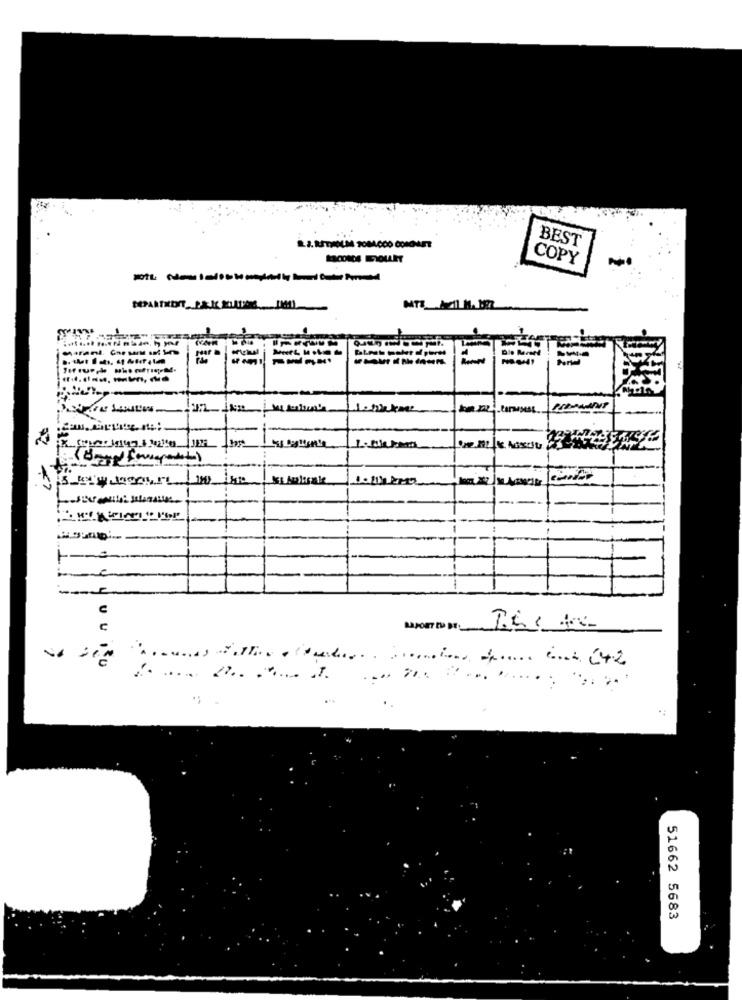
BEST
COPY
1st
KLAutosale
+ -- 3
UU
BAJOET tu BEL
...... ... + ..... .... 242
51662 5683